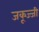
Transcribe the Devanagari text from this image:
जकूज्जी